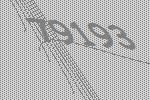
79193